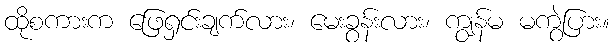
ထိုစကားက ဖြေရှင်းချက်လား၊ မေးခွန်းလား၊ ကျွန်မ မကွဲပြား။